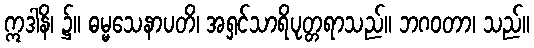
ဣဒါနိ၊ ၌။ ဓမ္မသေနာပတိ၊ အရှင်သာရိပုတ္တရာသည်။ ဘဂဝတာ၊ သည်။